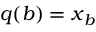
{ \boldsymbol { q } } ( b ) = { \boldsymbol { x } } _ { b }